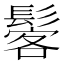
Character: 𩭽